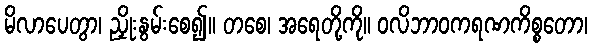
မိလာပေတွာ၊ ညှိုးနွမ်းစေ၍။ တစေ၊ အရေတို့ကို။ ဝလိဘာဝကရဏကိစ္စတော၊